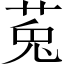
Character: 莵